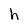
Character: h